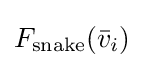
F_{\text{snake}}({\bar {v}}_{i})